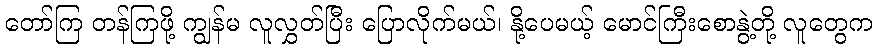
တော်ကြ တန်ကြဖို့ ကျွန်မ လူလွှတ်ပြီး ပြောလိုက်မယ်၊ နို့ပေမယ့် မောင်ကြီးစောနွဲ့တို့ လူတွေက